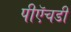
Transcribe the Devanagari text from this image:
पीऍचडी